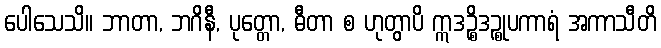
ပေါသေသိ။ ဘာတာ, ဘဂိနီ, ပုတ္တော, ဓီတာ စ ဟုတွာပိ ဣဒဉ္စိဒဉ္စုပကာရံ အကာသီတိ